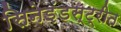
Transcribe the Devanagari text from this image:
सिनेइंडस्ट्रीत